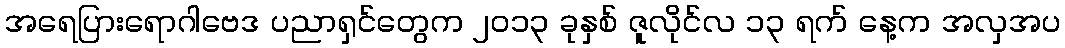
အရေပြားရောဂါဗေဒ ပညာရှင်တွေက ၂၀၁၃ ခုနှစ် ဇူလိုင်လ ၁၃ ရက် နေ့က အလှအပ